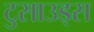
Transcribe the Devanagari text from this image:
टुसाउड्स